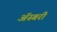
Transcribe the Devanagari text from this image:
ॲस्बरी